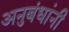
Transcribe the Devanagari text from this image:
अनुबंधांनी